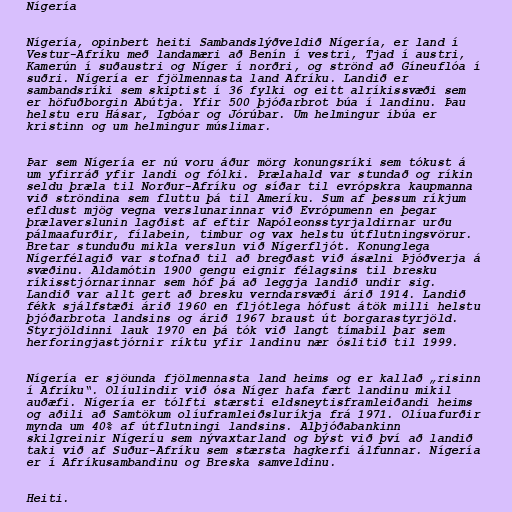
Nígería

Nígería, opinbert heiti Sambandslýðveldið Nígería, er land í
Vestur-Afríku með landamæri að Benín í vestri, Tjad í austri,
Kamerún í suðaustri og Níger í norðri, og strönd að Gíneuflóa í
suðri. Nígería er fjölmennasta land Afríku. Landið er
sambandsríki sem skiptist í 36 fylki og eitt alríkissvæði sem
er höfuðborgin Abútja. Yfir 500 þjóðarbrot búa í landinu. Þau
helstu eru Hásar, Igbóar og Jórúbar. Um helmingur íbúa er
kristinn og um helmingur múslimar.

Þar sem Nígería er nú voru áður mörg konungsríki sem tókust á
um yfirráð yfir landi og fólki. Þrælahald var stundað og ríkin
seldu þræla til Norður-Afríku og síðar til evrópskra kaupmanna
við ströndina sem fluttu þá til Ameríku. Sum af þessum ríkjum
efldust mjög vegna verslunarinnar við Evrópumenn en þegar
þrælaverslunin lagðist af eftir Napóleonsstyrjaldirnar urðu
pálmaafurðir, fílabein, timbur og vax helstu útflutningsvörur.
Bretar stunduðu mikla verslun við Nígerfljót. Konunglega
Nígerfélagið var stofnað til að bregðast við ásælni Þjóðverja á
svæðinu. Aldamótin 1900 gengu eignir félagsins til bresku
ríkisstjórnarinnar sem hóf þá að leggja landið undir sig.
Landið var allt gert að bresku verndarsvæði árið 1914. Landið
fékk sjálfstæði árið 1960 en fljótlega hófust átök milli helstu
þjóðarbrota landsins og árið 1967 braust út borgarastyrjöld.
Styrjöldinni lauk 1970 en þá tók við langt tímabil þar sem
herforingjastjórnir ríktu yfir landinu nær óslitið til 1999.

Nígería er sjöunda fjölmennasta land heims og er kallað „risinn
í Afríku“. Olíulindir við ósa Níger hafa fært landinu mikil
auðæfi. Nígería er tólfti stærsti eldsneytisframleiðandi heims
og aðili að Samtökum olíuframleiðsluríkja frá 1971. Olíuafurðir
mynda um 40% af útflutningi landsins. Alþjóðabankinn
skilgreinir Nígeríu sem nývaxtarland og býst við því að landið
taki við af Suður-Afríku sem stærsta hagkerfi álfunnar. Nígería
er í Afríkusambandinu og Breska samveldinu.

Heiti.